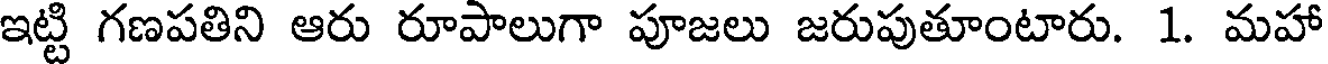
ఇట్టి గణపతిని ఆరు రూపాలుగా పూజలు జరుపుతూంటారు. 1. మహా